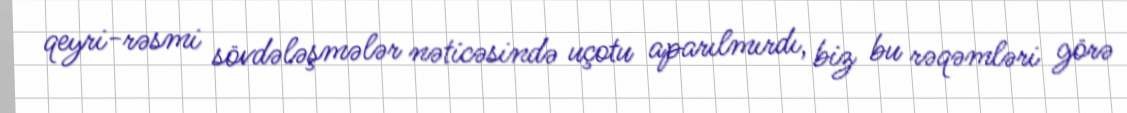
qeyri-rəsmi sövdələşmələr nəticəsində uçotu aparılmırdı, biz bu rəqəmləri görə